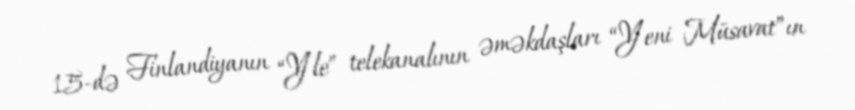
15-də Finlandiyanın “Yle” telekanalının əməkdaşları “Yeni Müsavat”ın